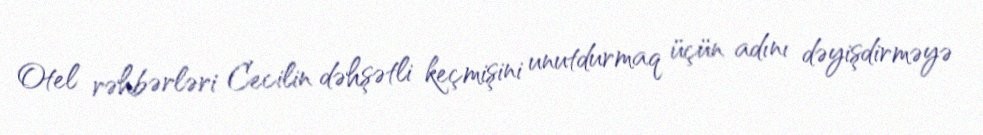
Otel rəhbərləri Cecilin dəhşətli keçmişini unutdurmaq üçün adını dəyişdirməyə